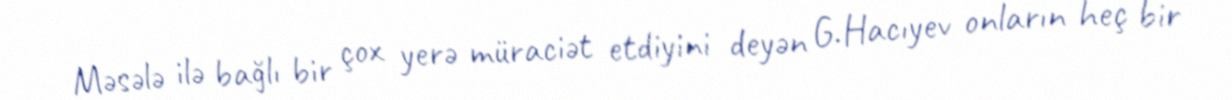
Məsələ ilə bağlı bir çox yerə müraciət etdiyini deyən G.Hacıyev onların heç bir